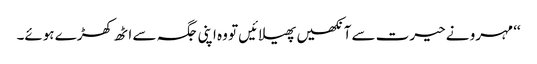
‘‘ مہرو نے حیرت سے آنکھیں پھیلائیں تو وہ اپنی جگہ سے اٹھ کھڑے ہوئے۔